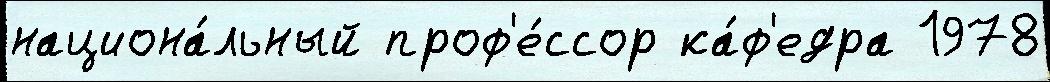
национа́льный проф'е́ссор ка́ф'едра 1978